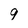
Character: 9